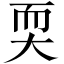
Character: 耎